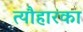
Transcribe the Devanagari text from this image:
त्यौहारका